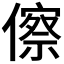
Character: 𬿺